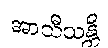
အာသီသန္တိ